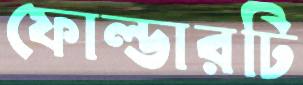
ফোল্ডারটি